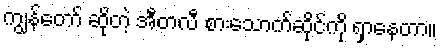
ကျွန်တော် ဆိုတဲ့ အီတလီ စားသောက်ဆိုင်ကို ရှာနေတာ။